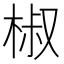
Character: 椒